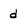
Character: d